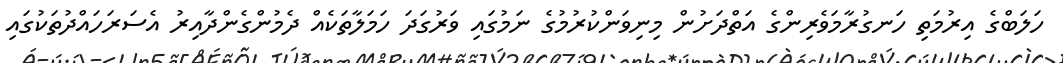
ހަލަބްގެ އިރުމަތި ހަނގުރާމަވެރިންގެ އަތްދަށުން މިނިވަންކުރުމުގެ ނަމުގައި ވަރުގަދަ ހަމަލާތަކެއް ދެމުންގެންދާއިރު އެސަރަހައްދުތަކުގައި